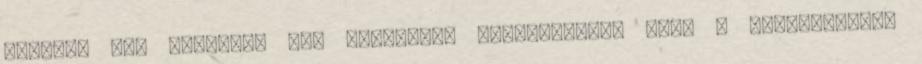
nyilván nem könnyíti meg pályázási esélyeinket, hogy a közelmúltban